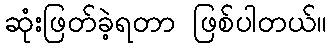
ဆုံးဖြတ်ခဲ့ရတာ ဖြစ်ပါတယ်။